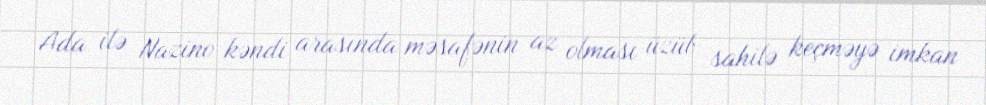
Ada ilə Nazino kəndi arasında məsafənin az olması üzüb sahilə keçməyə imkan